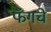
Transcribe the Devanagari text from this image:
फँगचे